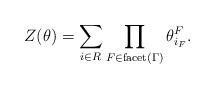
LaTeX: \begin{align*}Z(\theta) = \sum\limits_{i \in R} \prod\limits_{F \in \mathrm{facet}(\Gamma) } \theta^{F}_{i_{F}}.\end{align*}